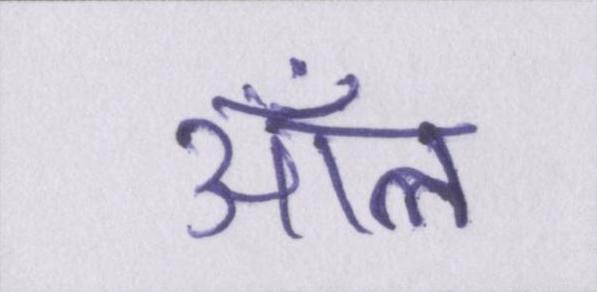
ऑल